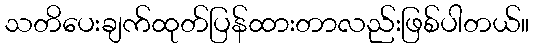
သတိပေးချက်ထုတ်ပြန်ထားတာလည်းဖြစ်ပါတယ်။